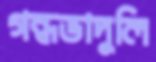
গন্ধভাদুলি